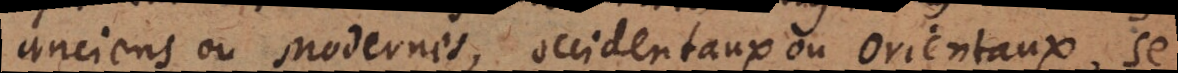
anciens ou Modernes, occidentaux ou orientaux, se